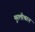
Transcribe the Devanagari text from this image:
मुरलीथरन